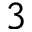
3